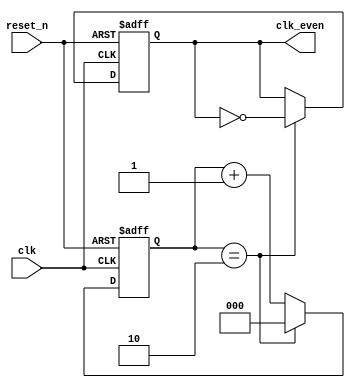
module freq_div_even #(
	parameter num = 6,
	parameter log_num = 2
)
(
	input clk, reset_n,
	output reg clk_even
);

reg [log_num : 0] cnt;

always@(posedge clk or negedge reset_n) begin
	if (!reset_n) begin 
		clk_even <= 0;
		cnt <= 0;
	end
	else if (cnt == num/2 - 1) begin
		clk_even <= ~clk_even;
		cnt <= 0;
	end
	else cnt <= cnt + 1;
end

endmodule